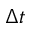
\Delta t